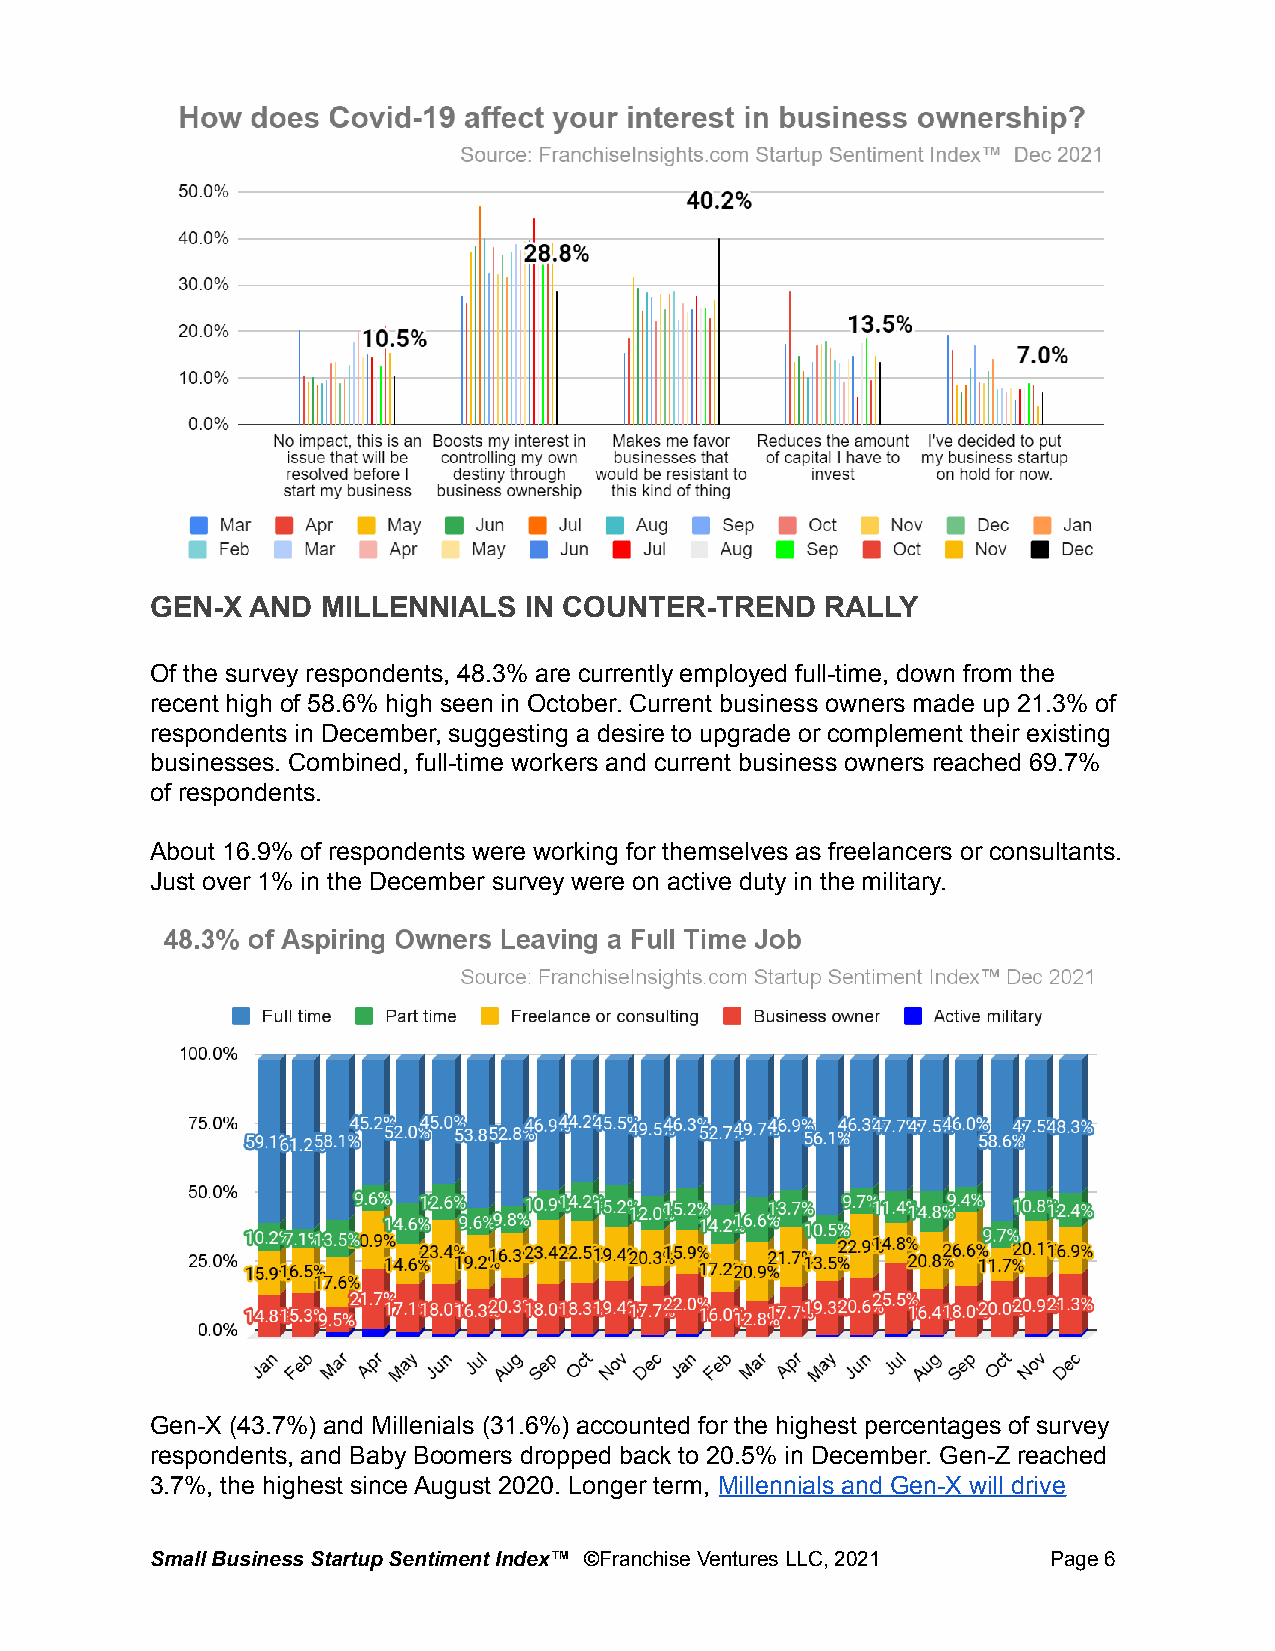
GEN-X  AND MILLENNIALS   IN COUNTER-TREND    RALLY
 Of the survey respondents, 48.3% are currently employed full-time, down from the
 recent high of 58.6% high seen in October. Current business owners made up 21.3% of
 respondents in December, suggesting a desire to upgrade or complement their existing
 businesses. Combined, full-time workers and current business owners reached 69.7%
 of respondents.
 About 16.9% of respondents were working for themselves as freelancers or consultants.
 Just over 1% in the December survey were on active duty in the military.
 Gen-X (43.7%) and Millenials (31.6%) accounted for the highest percentages of survey
 respondents, and Baby Boomers dropped back to 20.5% in December. Gen-Z reached
 3.7%, the highest since August 2020. Longer term, Millennials and Gen-X will drive
 Small Business Startup Sentiment Index™ ©FranchiseVentures LLC, 2021 Page6